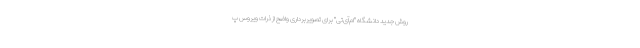
روش جدید دانشگاه "ام‌آی‌تی" برای تصویربرداری واضح از ذرات ویروس پ